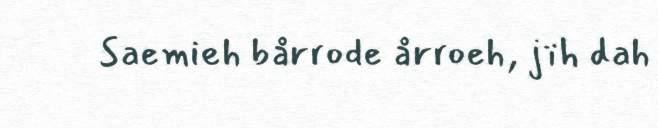
Saemieh bårrode årroeh, jïh dah